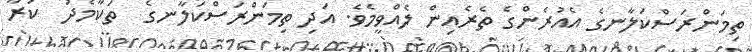
ތިމަންރަސްކަލާނގެ އެއުރެންގެ ތެރެއިން ލެއްވީމެވެ. އަދި ތިމަންރަސްކަލާނގެ  ތަކާމެދު  ކުރާ